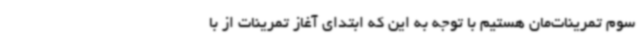
سوم تمرینات‌مان هستیم با توجه به این که ابتدای آغاز تمرینات از با